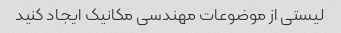
لیستی از موضوعات مهندسی مکانیک ایجاد کنید